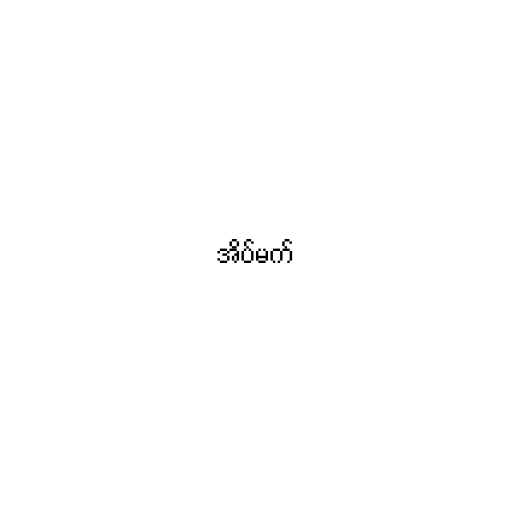
အိပ်မက်